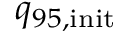
{ q _ { 9 5 , \mathrm { i n i t } } }